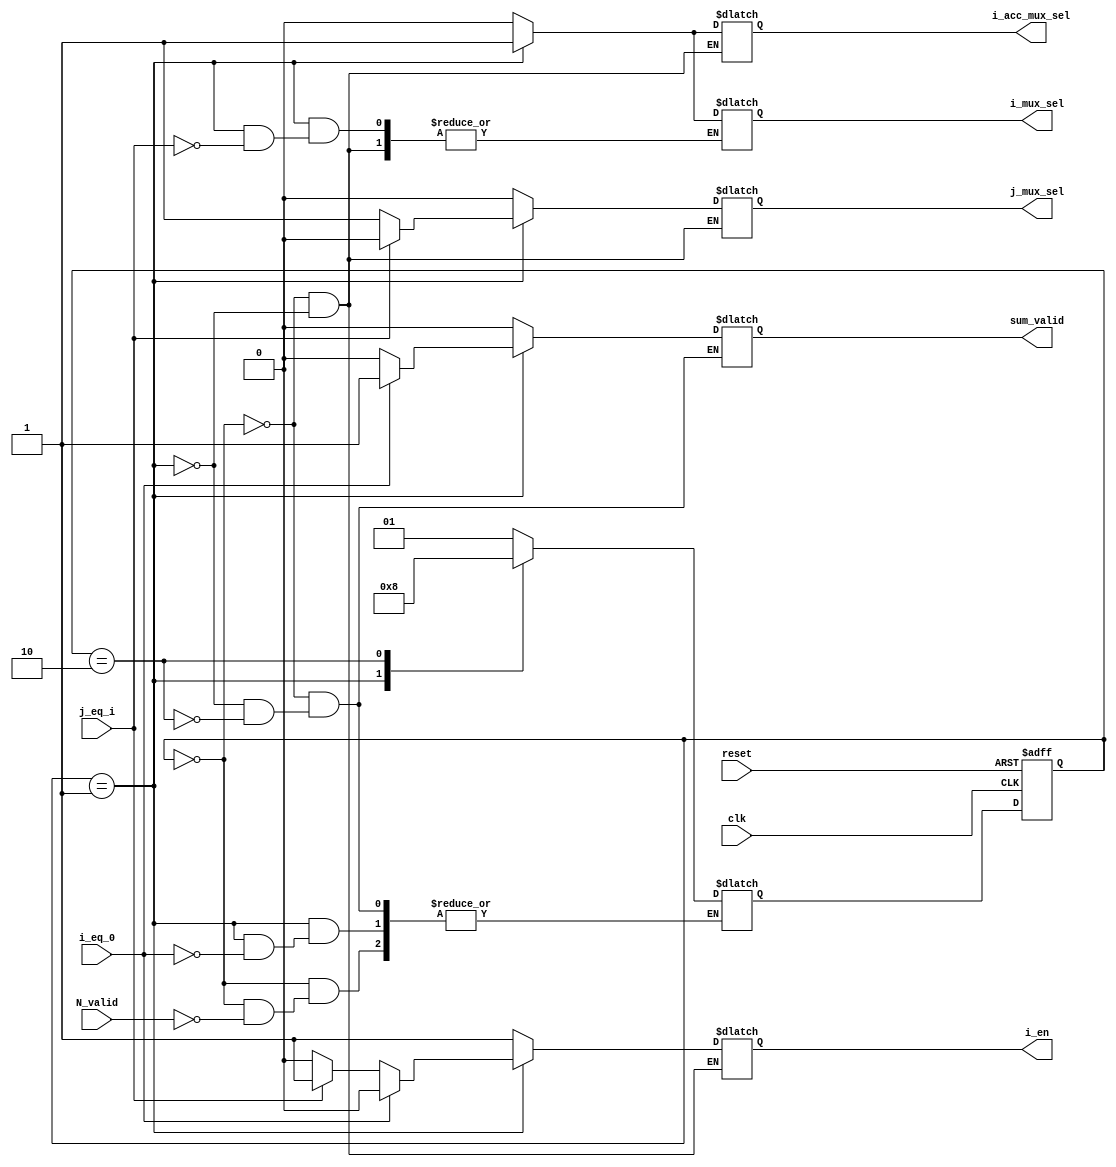
//Module for Control Path is defined here
module control_path (input clk, reset, N_valid, i_eq_0, j_eq_i,
                     output reg i_mux_sel, j_mux_sel, i_en, i_acc_mux_sel, sum_valid);
  //State register and next state reg are defined here
  reg [1:0] state, nextstate;
  //State values are assigned here
  localparam IDLE = 2'b00;
  localparam BUSY = 2'b01;
  localparam DONE = 2'b10;
  // Next state logic (Combinational Logic) Defined here
  always@(*)
    case (state)
      IDLE: 
        begin
        i_mux_sel = 0;
        j_mux_sel = 0;
        i_en = 1;
        i_acc_mux_sel = 0;
        sum_valid = 0;
          if (N_valid)
          nextstate = BUSY;
        end
      BUSY:
        begin
        if (j_eq_i)
          begin
            i_mux_sel = 1;
            j_mux_sel = 0;
            i_en = 1;
            i_acc_mux_sel = 1;
            sum_valid = 0;
          end
      else 
        begin
            j_mux_sel = 1;
            i_en = 0;
            i_acc_mux_sel = 1;
            sum_valid = 0;
        end
      if (i_eq_0)
        begin
          i_en = 0;
          sum_valid = 1;
          nextstate = DONE;
        end
        end
      DONE: 
        begin
          nextstate = IDLE;
          sum_valid = 0;
        end 
    endcase
  //State Register Assignment with asynchronous reset)
  always @(posedge clk or posedge reset)
    begin
      if (reset)
        state <= IDLE;
      else
        state <= nextstate;
    end
endmodule